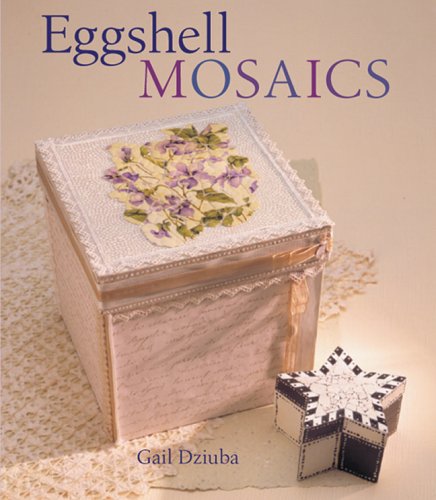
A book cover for Eggshell Mosaics; Gail Dziuba; Arts & Photography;